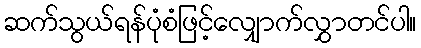
ဆက်သွယ်ရန်ပုံစံဖြင့်လျှောက်လွှာတင်ပါ။